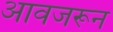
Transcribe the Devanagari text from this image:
आवजरून